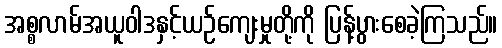
အစ္စလာမ်အယူဝါဒနှင့်ယဉ်ကျေးမှုတို့ကို ပြန့်ပွားစေခဲ့ကြသည်။